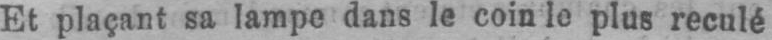
Et plaçant sa lampe dans le coin le plus reculé